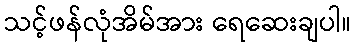
သင့်ဖန်လုံအိမ်အား ရေဆေးချပါ။